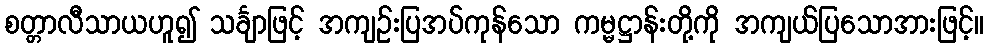
စတ္တာလီသာယဟူ၍ သင်္ချာဖြင့် အကျဉ်းပြအပ်ကုန်သော ကမ္မဋ္ဌာန်းတို့ကို အကျယ်ပြသောအားဖြင့်။